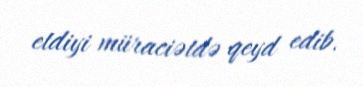
etdiyi müraciətdə qeyd edib.